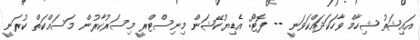
އައިޝަތު ޝިހާމް ވާހަކަދައްކަވަނީ -- ފޮޓޯ: އެޑިޔުކޭޝަން މިނިސްޓްރީ މިސަރުކާރުން މަސައްކަތް ކުރަނީ